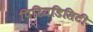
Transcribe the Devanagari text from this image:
पिरियडिसिटी